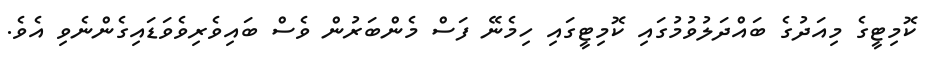
ކޮމިޓީގެ މިއަދުގެ ބައްދަލުވުމުގައި ކޮމިޓީގައި ހިމެނޭ ފަސް މެންބަރުން ވެސް ބައިވެރިވެވަޑައިގެންނެވި އެވެ.